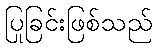
ပြုခြင်းဖြစ်သည်